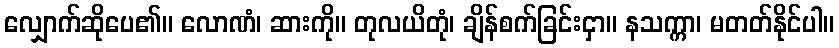
လျှောက်ဆိုပေ၏။ လောဏံ၊ ဆားကို။ တုလယိတုံ၊ ချိန်စက်ခြင်းငှာ။ နသက္ကာ၊ မတတ်နိုင်ပါ။